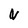
Character: N